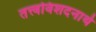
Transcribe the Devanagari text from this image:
तत्त्वविशदनार्थ